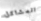
المشاكل